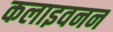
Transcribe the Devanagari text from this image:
कलाइवनन